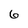
Character: 6